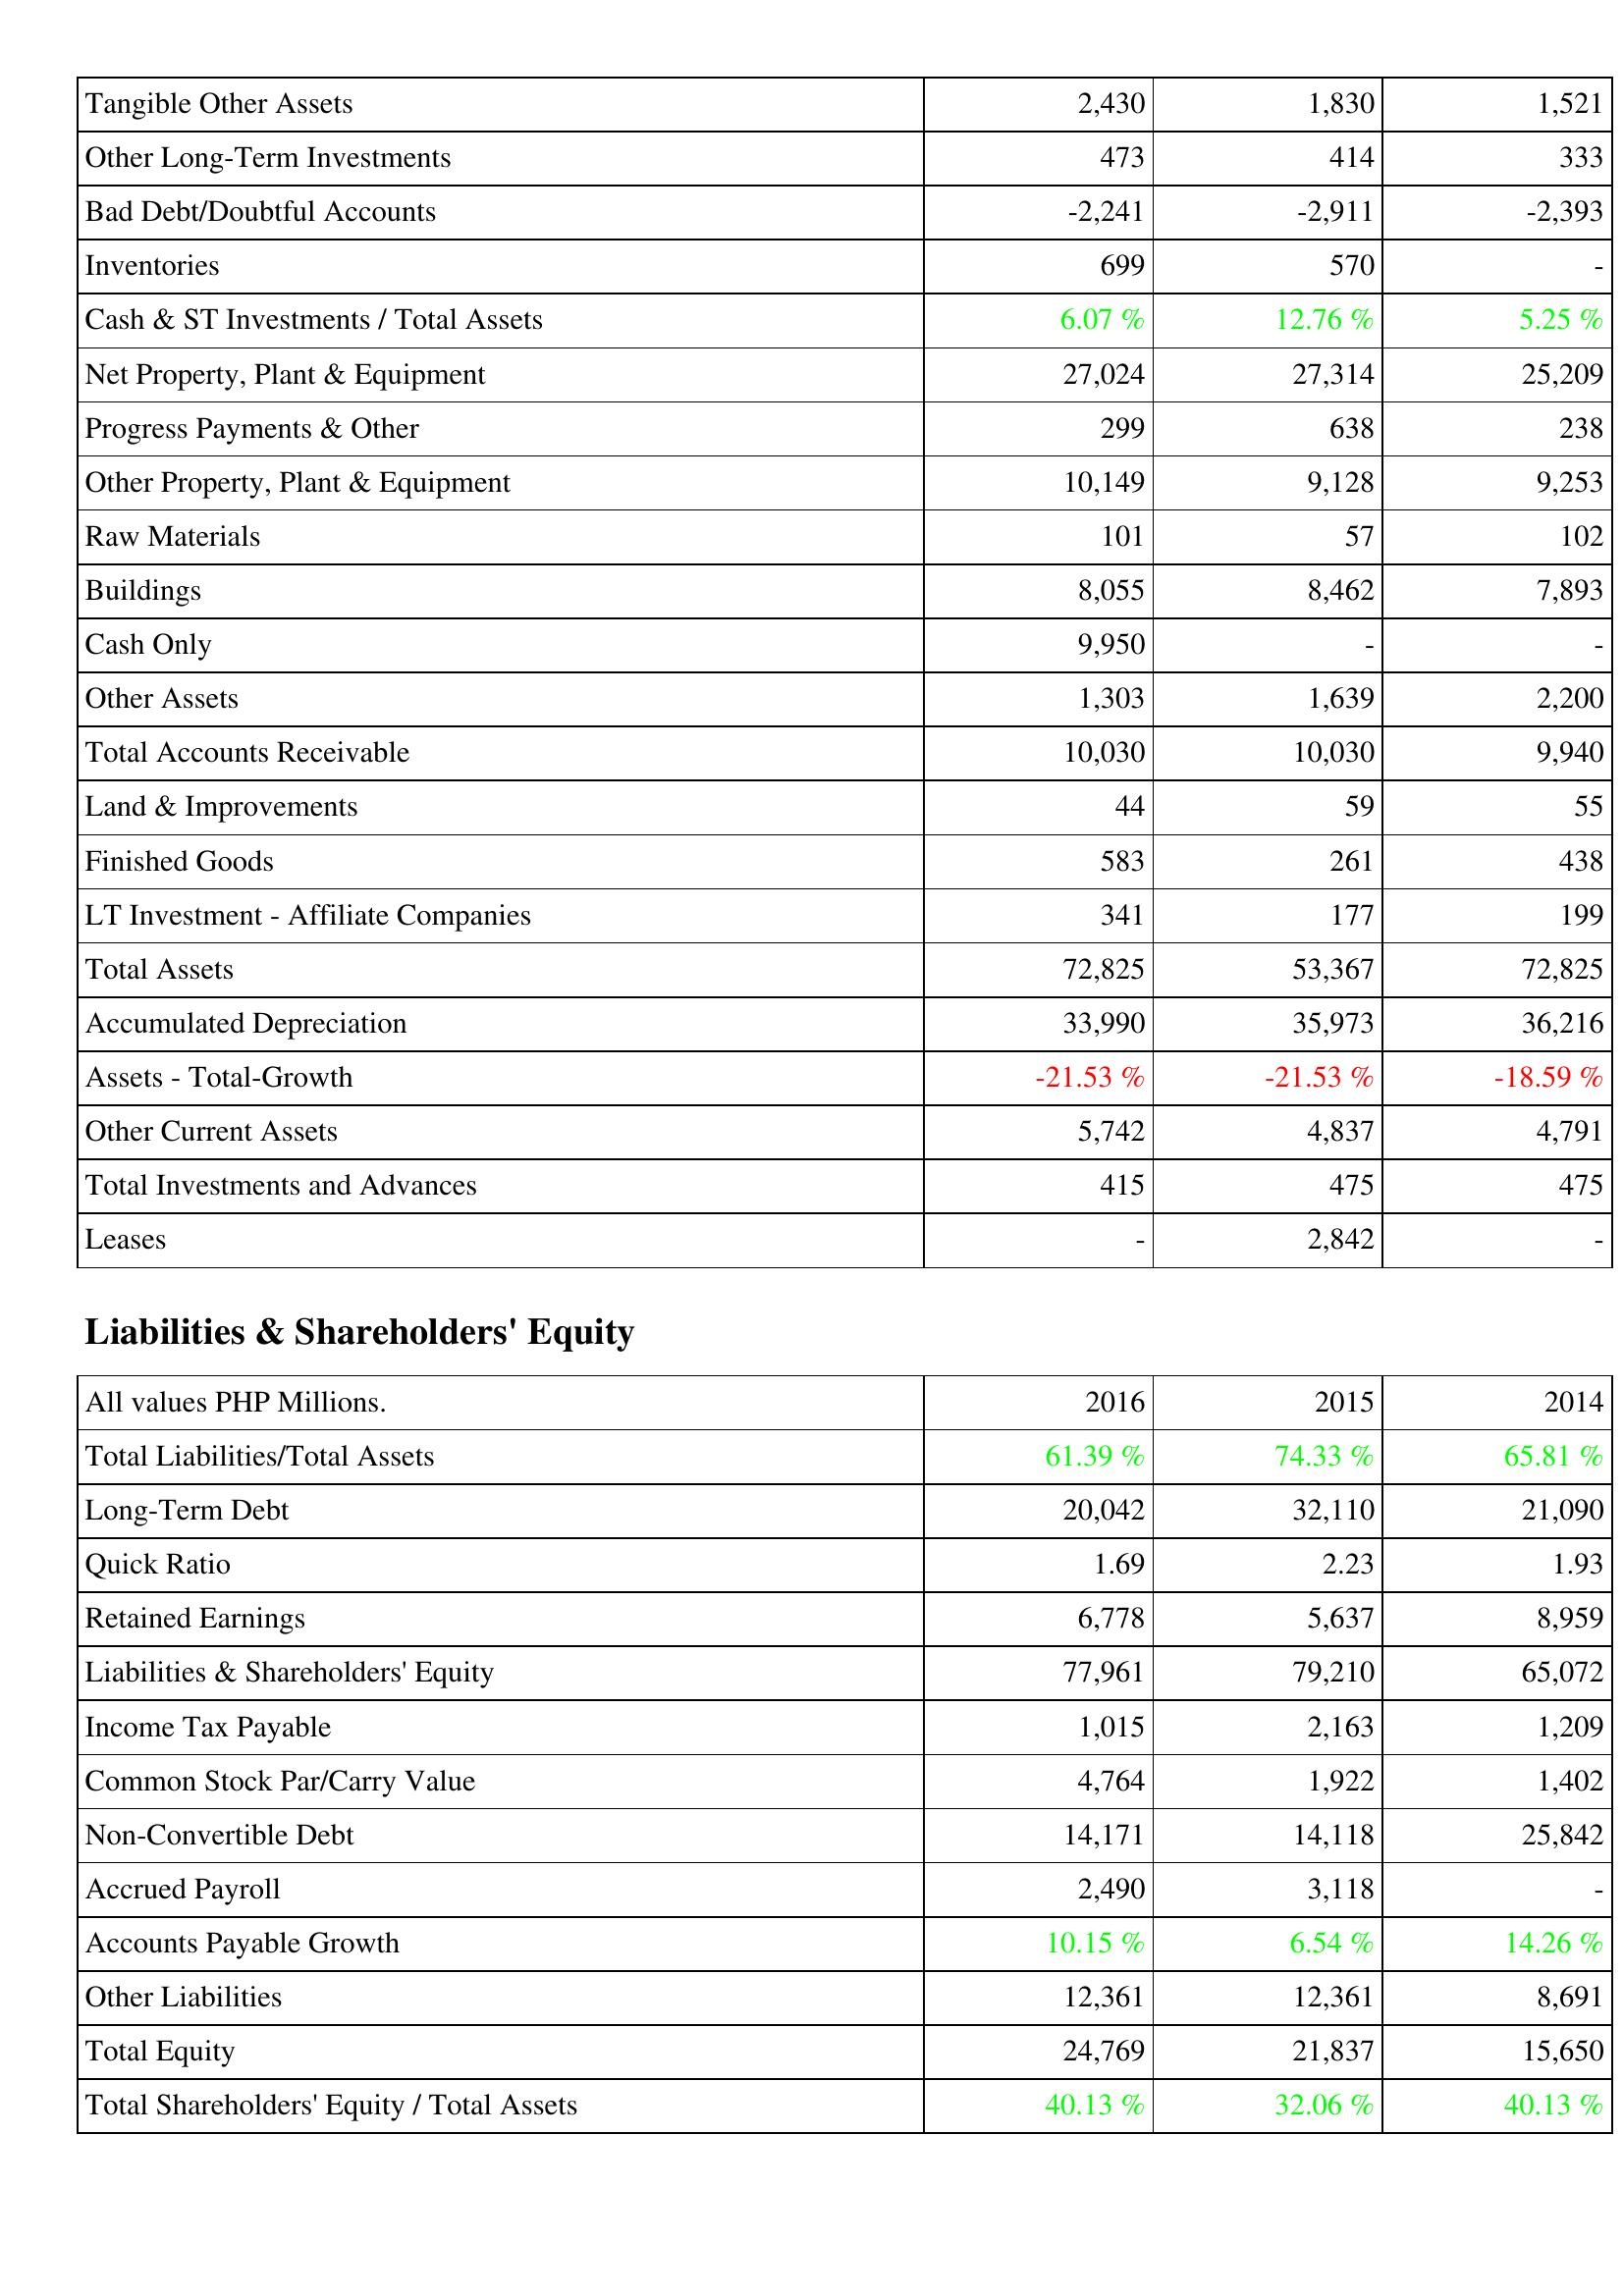
2016: Assets: Tangible Other Assets: 2,430
Other Long-Term Investments: 473
Bad Debt/Doubtful Accounts: -2,241
Inventories: 699
Cash & ST Investments / Total Assets: 6.07 %
Net Property, Plant & Equipment: 27,024
Progress Payments & Other: 299
Other Property, Plant & Equipment: 10,149
Raw Materials: 101
Buildings: 8,055
Cash Only: 9,950
Other Assets: 1,303
Total Accounts Receivable: 10,030
Land & Improvements: 44
Finished Goods: 583
LT Investment - Affiliate Companies: 341
Total Assets: 72,825
Accumulated Depreciation: 33,990
Assets - Total-Growth: -21.53 %
Other Current Assets: 5,742
Total Investments and Advances: 415
Leases: -
Liabilities & Shareholders' Equity: Total Liabilities/Total Assets: 61.39 %
Long-Term Debt: 20,042
Quick Ratio: 1.69
Retained Earnings: 6,778
Liabilities & Shareholders' Equity: 77,961
Income Tax Payable: 1,015
Common Stock Par/Carry Value: 4,764
Non-Convertible Debt: 14,171
Accrued Payroll: 2,490
Accounts Payable Growth: 10.15 %
Other Liabilities: 12,361
Total Equity: 24,769
Total Shareholders' Equity / Total Assets: 40.13 %
2015: Assets: Tangible Other Assets: 1,830
Other Long-Term Investments: 414
Bad Debt/Doubtful Accounts: -2,911
Inventories: 570
Cash & ST Investments / Total Assets: 12.76 %
Net Property, Plant & Equipment: 27,314
Progress Payments & Other: 638
Other Property, Plant & Equipment: 9,128
Raw Materials: 57
Buildings: 8,462
Cash Only: -
Other Assets: 1,639
Total Accounts Receivable: 10,030
Land & Improvements: 59
Finished Goods: 261
LT Investment - Affiliate Companies: 177
Total Assets: 53,367
Accumulated Depreciation: 35,973
Assets - Total-Growth: -21.53 %
Other Current Assets: 4,837
Total Investments and Advances: 475
Leases: 2,842
Liabilities & Shareholders' Equity: Total Liabilities/Total Assets: 74.33 %
Long-Term Debt: 32,110
Quick Ratio: 2.23
Retained Earnings: 5,637
Liabilities & Shareholders' Equity: 79,210
Income Tax Payable: 2,163
Common Stock Par/Carry Value: 1,922
Non-Convertible Debt: 14,118
Accrued Payroll: 3,118
Accounts Payable Growth: 6.54 %
Other Liabilities: 12,361
Total Equity: 21,837
Total Shareholders' Equity / Total Assets: 32.06 %
2014: Assets: Tangible Other Assets: 1,521
Other Long-Term Investments: 333
Bad Debt/Doubtful Accounts: -2,393
Inventories: -
Cash & ST Investments / Total Assets: 5.25 %
Net Property, Plant & Equipment: 25,209
Progress Payments & Other: 238
Other Property, Plant & Equipment: 9,253
Raw Materials: 102
Buildings: 7,893
Cash Only: -
Other Assets: 2,200
Total Accounts Receivable: 9,940
Land & Improvements: 55
Finished Goods: 438
LT Investment - Affiliate Companies: 199
Total Assets: 72,825
Accumulated Depreciation: 36,216
Assets - Total-Growth: -18.59 %
Other Current Assets: 4,791
Total Investments and Advances: 475
Leases: -
Liabilities & Shareholders' Equity: Total Liabilities/Total Assets: 65.81 %
Long-Term Debt: 21,090
Quick Ratio: 1.93
Retained Earnings: 8,959
Liabilities & Shareholders' Equity: 65,072
Income Tax Payable: 1,209
Common Stock Par/Carry Value: 1,402
Non-Convertible Debt: 25,842
Accrued Payroll: -
Accounts Payable Growth: 14.26 %
Other Liabilities: 8,691
Total Equity: 15,650
Total Shareholders' Equity / Total Assets: 40.13 %